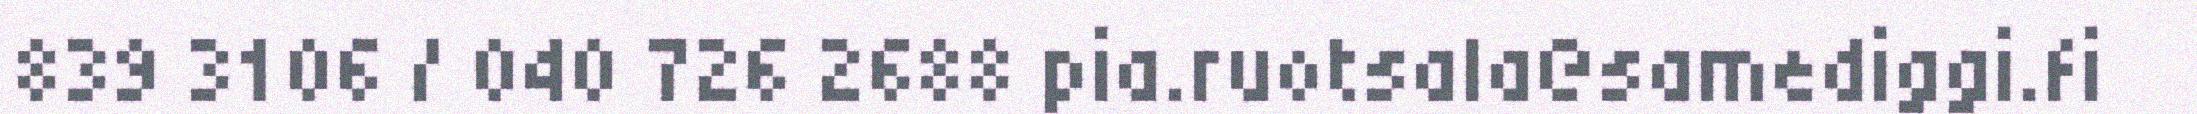
839 3106 / 040 726 2688 pia.ruotsala@samediggi.fi